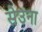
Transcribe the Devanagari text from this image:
सेउना